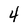
Character: 4